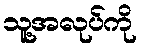
သူ့အလုပ်ကို